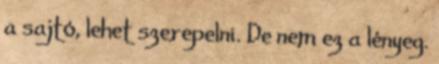
a sajtó, lehet szerepelni. De nem ez a lényeg.